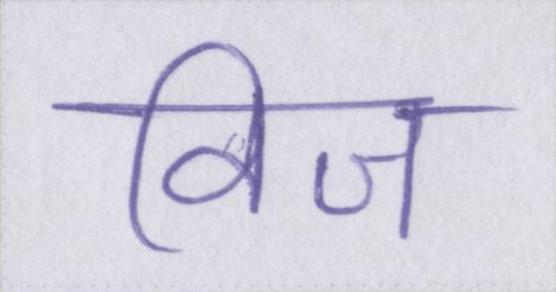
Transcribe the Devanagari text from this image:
विज